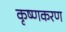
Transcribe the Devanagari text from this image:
कृष्णकरण